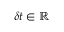
\delta t \in \mathbb { R }